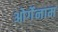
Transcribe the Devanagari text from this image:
ओर्गेनाम